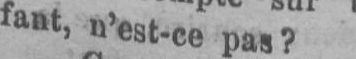
fant,n’est-ce pas?